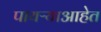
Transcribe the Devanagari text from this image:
पायऱ्याआहेत